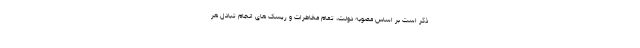
ذکر است بر اساس مصوبه دولت، تمام مخاطرات و ریسک های انجام تبادل هر